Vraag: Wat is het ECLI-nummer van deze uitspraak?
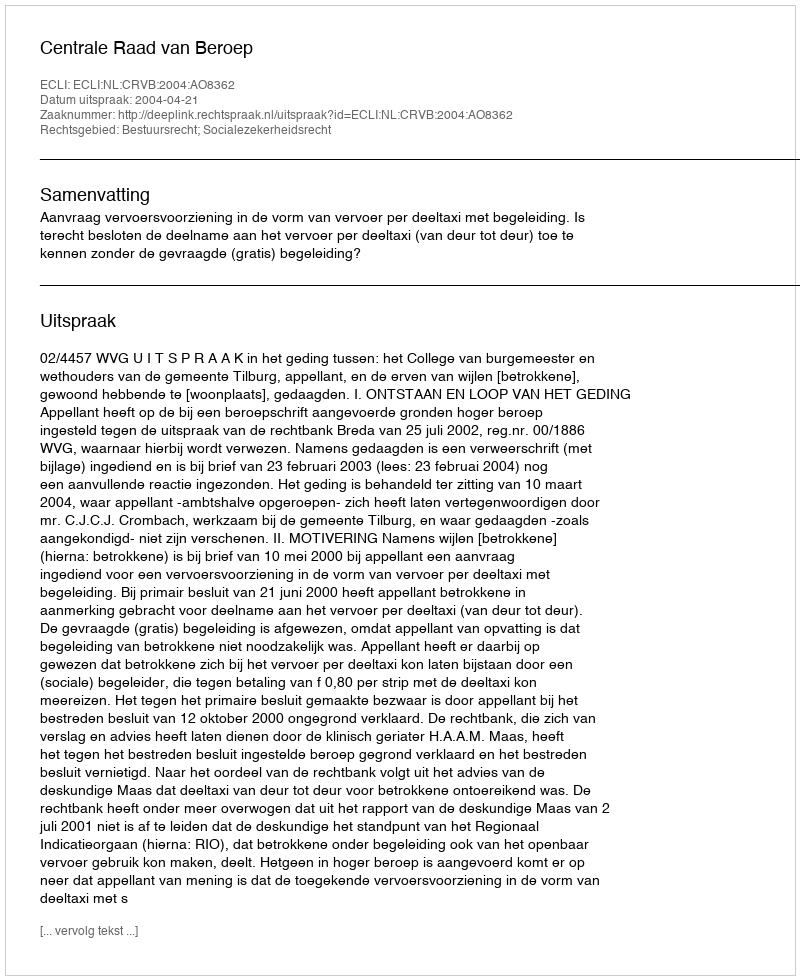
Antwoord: ECLI:NL:CRVB:2004:AO8362